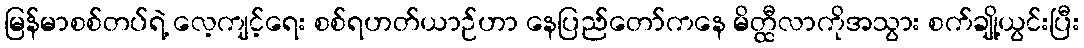
မြန်မာစစ်တပ်ရဲ့ လေ့ကျင့်ရေး စစ်ရဟတ်ယာဉ်ဟာ နေပြည်တော်ကနေ မိတ္ထီလာကိုအသွား စက်ချို့ယွင်းပြီး